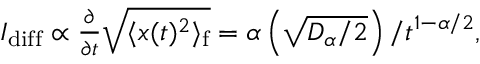
\begin{array} { r } { I _ { \mathrm { d i f f } } \propto \frac { \partial } { \partial t } \sqrt { \langle x ( t ) ^ { 2 } \rangle _ { \mathrm { f } } } = \alpha \left( \sqrt { D _ { \alpha } / 2 } \right) / t ^ { 1 - \alpha / 2 } , } \end{array}